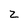
Character: 2